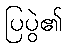
ပြပွဲ၏